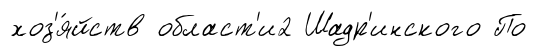
хоз'я́йств област'и2 Шадр'инского По